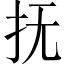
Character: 抚